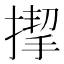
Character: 𢲞